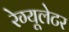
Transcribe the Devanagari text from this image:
रेग्यूलेटर